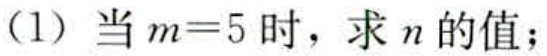
(1) 当 \(m = 5\) 时，求 \(n\) 的值；